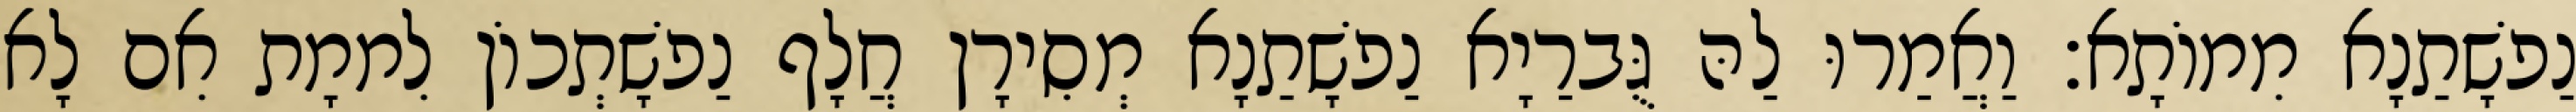
נַפשָׁתַנָא מִמוֹתָא׃ וַאֲמַרוּ לַהּ גֻּברַיָא נַפשָׁתַנָא מְסִירָן חֲלָף נַפשָׁתְכוֹן לִממָת אִם לָא